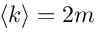
\left< k \right> = 2 m